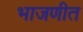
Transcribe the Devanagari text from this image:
भाजणीत